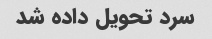
سرد تحویل داده شد